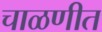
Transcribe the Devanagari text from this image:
चाळणीत